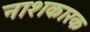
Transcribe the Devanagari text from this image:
नाशकारक